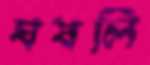
ঘষলি